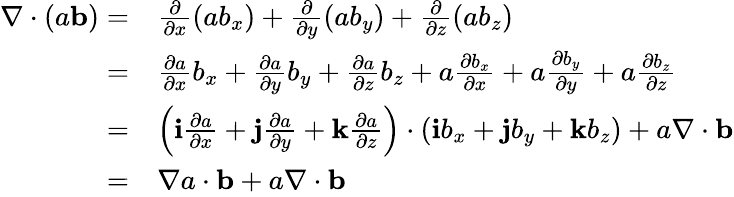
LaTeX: \begin{array}{rl}{\nabla\cdot(a{\mathbf b})=}&{\frac{\partial}{\partial x}(ab_{x})+\frac{\partial}{\partial y}(ab_{y})+\frac{\partial}{\partial z}(ab_{z})}\\ {=}&{\frac{\partial a}{\partial x}b_{x}+\frac{\partial a}{\partial y}b_{y}+\frac{\partial a}{\partial z}b_{z}+a\frac{\partial b_{x}}{\partial x}+a\frac{\partial b_{y}}{\partial y}+a\frac{\partial b_{z}}{\partial z}}\\ {=}&{\left(\mathbf{i}\frac{\partial a}{\partial x}+\mathbf{j}\frac{\partial a}{\partial y}+\mathbf{k}\frac{\partial a}{\partial z}\right)\cdot(\mathbf{i}b_{x}+\mathbf{j}b_{y}+\mathbf{k}b_{z})+a\nabla\cdot{\mathbf b}}\\ {=}&{\nabla a\cdot{\mathbf b}+a\nabla\cdot{\mathbf b}}\end{array}